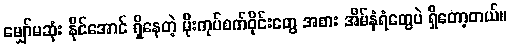
မျှော်မဆုံး နိုင်အောင် ရှိနေတဲ့ မိုးကုပ်စက်ဝိုင်းတွေ အစား အိမ်နံရံတွေပဲ ရှိတော့တယ်။